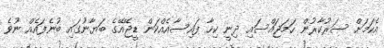
އެކަމަށް ސަރުކާރުން ހަމަޖައްސައި ދިނީ ކިހާ ފައިސާއެއްކަން ޑީޖޭއޭގެ ބަޔާނުގައި ބުނެފައެއް ނުވެ